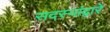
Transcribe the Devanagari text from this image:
सदस्यांद्वारे